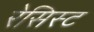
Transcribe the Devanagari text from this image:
रेसिस्ट